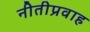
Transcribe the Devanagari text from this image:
नीतीप्रवाह